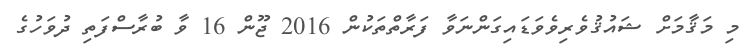
މި މަޤާމަށް ޝައުޤުވެރިވެވަޑައިގަންނަވާ ފަރާތްތަކުން 2016 ޖޫން 16 ވާ ބުރާސްފަތި ދުވަހުގެ